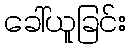
ခေါ်ယူခြင်း